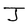
Character: J